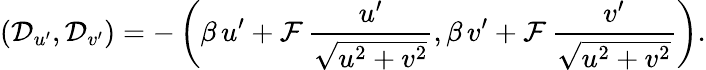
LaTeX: \left(\mathcal{D}_{u^{\prime}},\mathcal{D}_{v^{\prime}}\right)=-\left(\beta\, u^{\prime}+\mathcal{F}\, \frac{u^{\prime}}{\sqrt{u^{2}+v^{2}}},\beta\, v^{\prime}+\mathcal{F}\, \frac{v^{\prime}}{\sqrt{u^{2}+v^{2}}}\right).